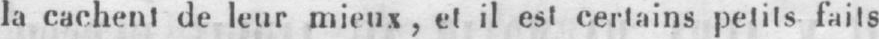
la cachent de leur mieux, et il est certains petits faits